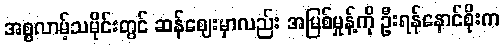
အစ္စလာမ့်သမိုင်းတွင် ဆန်ဈေးမှာလည်း အမြစ်မှုန့်ကို ဦးရန်နောင်စိုးက